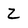
Character: z